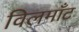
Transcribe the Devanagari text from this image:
विलमाँट